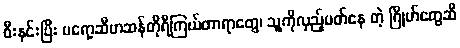
စီးနင်းပြီး ပရော့ဆီမာဆန်တိုရီကြယ်တာရာတွေ၊ သူ့ကိုလှည့်ပတ်နေ တဲ့ ဂြိုဟ်တွေဆီ